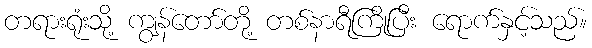
တရားရုံးသို့ ကျွန်တော်တို့ တစ်နာရီကြိုပြီး ရောက်နှင့်သည်။